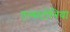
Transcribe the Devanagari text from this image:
एल्सटोनिया